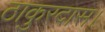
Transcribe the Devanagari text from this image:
ठाकुरदास।